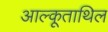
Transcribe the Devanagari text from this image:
आल्कूताथिल